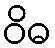
ဝိဓ